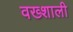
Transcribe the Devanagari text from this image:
वख्शाली